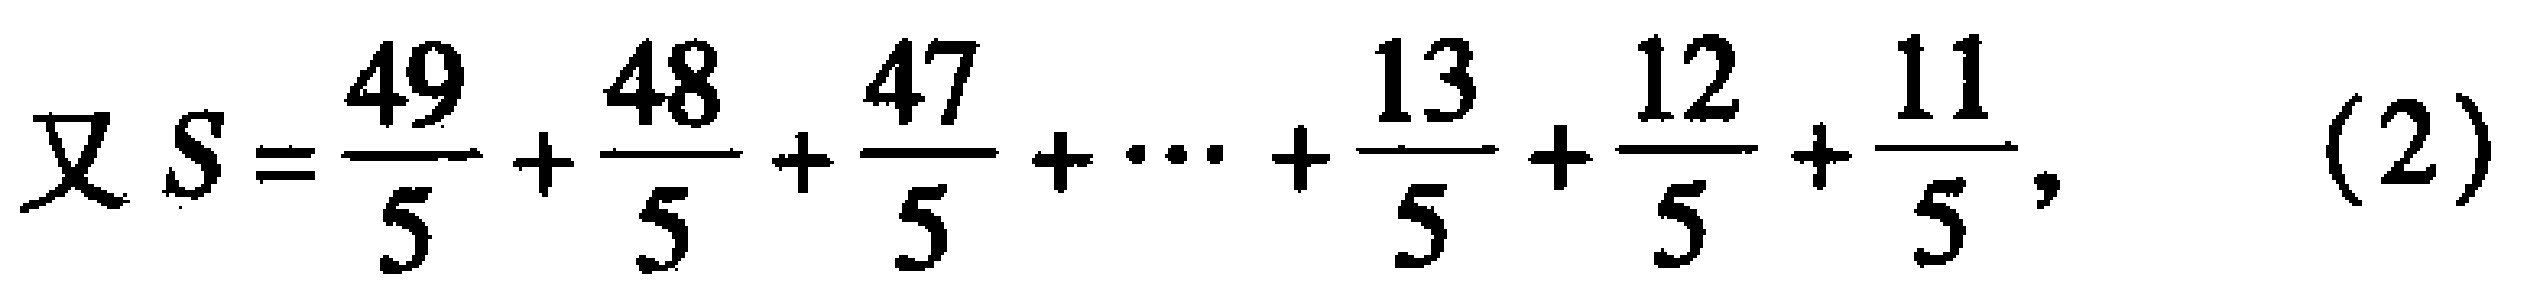
\[
\text{又 }S = \frac{49}{5} + \frac{48}{5} + \frac{47}{5} + \cdots + \frac{13}{5} + \frac{12}{5} + \frac{11}{5},\quad(2)
\]